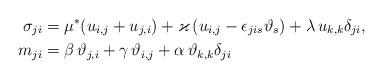
LaTeX: \begin{align*}{\sigma}_{ji} &=\mu^*( u_{i,j}+u_{j,i})+\varkappa\, (u_{i,j}-\epsilon_{jis}\vartheta_s)+\lambda \, u_{k,k}\delta_{ji},\\*m _{ji}&=\beta\, \vartheta_{j,i}+\gamma\,\vartheta_{i,j}+ \alpha \, \vartheta_{k,k}\delta_{ji} \, \end{align*}